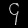
Digit: ၄